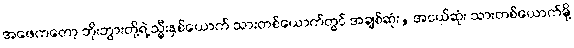
အဖေကတော့ ဘိုးဘွားတို့ရဲ့ သ္မီးနှစ်ယောက် သားတစ်ယောက်တွင် အချစ်ဆုံး, အငယ်ဆုံး သားတစ်ယောက်မို့